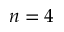
n = 4